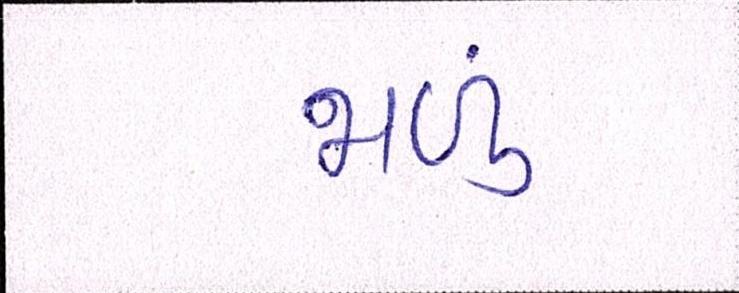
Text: જાળું